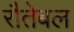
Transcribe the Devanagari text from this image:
रौतेबल